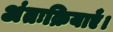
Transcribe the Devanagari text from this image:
अंतःक्रियाएँ।